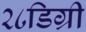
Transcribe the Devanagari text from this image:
२८डिग्री